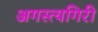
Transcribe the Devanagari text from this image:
अगस्त्यगिरी